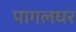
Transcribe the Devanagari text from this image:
पागलघर